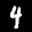
Label: 4